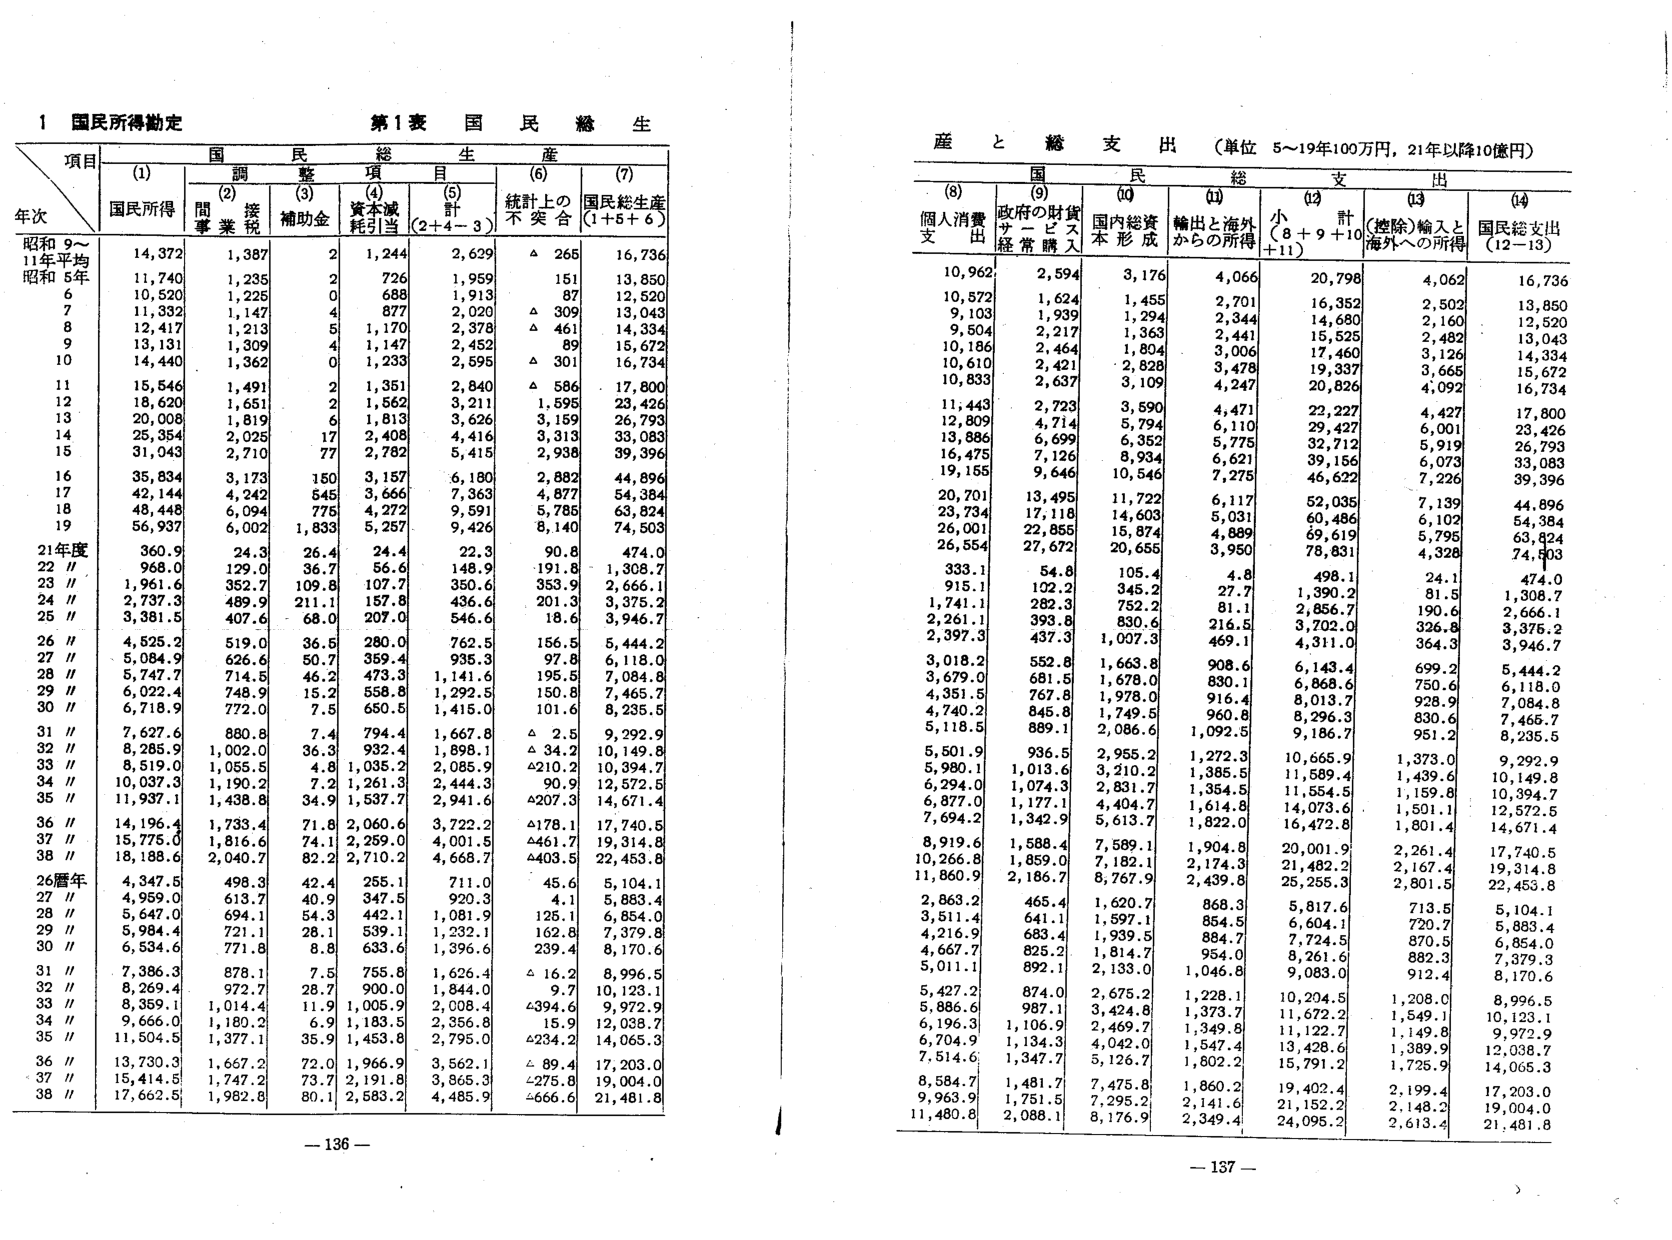
1 国民所得動定

第1表 国民総生産

項目
年次
(1) 国民所得
(2) 間接税
(3) 補助金
(4) 資本減耗引当
(5) 計 (2+4-3)
(6) 統計上の不突合
(7) 国民総生産 (1+5+6)

昭和9～11年平均 14,372 1,387 2 1,244 2,629 △ 265 16,736
昭和5年 11,740 1,235 2 726 1,959 151 13,850
6 10,520 1,225 0 688 1,913 87 12,520
7 11,332 1,147 4 877 2,020 △ 309 13,043
8 12,417 1,213 5 1,170 2,378 △ 461 14,334
9 13,131 1,309 4 1,147 2,452 89 15,672
10 14,440 1,362 0 1,233 2,595 △ 301 16,734
11 15,546 1,491 2 1,351 2,840 △ 586 17,800
12 18,620 1,651 2 1,562 3,211 1,595 23,426
13 20,008 1,819 6 1,813 3,626 3,159 26,793
14 25,354 2,025 17 2,408 4,416 3,313 33,083
15 31,043 2,710 77 2,782 5,415 2,938 39,396
16 35,834 3,173 150 3,157 6,180 2,882 44,896
17 42,144 4,242 545 3,666 7,363 4,877 54,384
18 48,448 6,094 775 4,272 9,591 5,785 63,824
19 56,937 6,002 1,833 5,257 9,426 8,140 74,503

21年度 360.9 24.3 26.4 24.4 22.3 90.8 474.0
22 // 968.0 129.0 36.7 56.6 148.9 191.8 1,308.7
23 // 1,961.6 352.7 109.8 107.7 350.6 353.9 2,666.1
24 // 2,737.3 489.9 211.1 157.8 436.6 201.3 3,375.2
25 // 3,381.5 407.6 68.0 207.0 546.6 18.6 3,946.7
26 // 4,525.2 519.0 36.5 280.0 762.5 156.5 5,444.2
27 // 5,084.9 626.6 50.7 359.4 935.3 97.8 6,118.0
28 // 5,747.7 714.5 46.2 473.3 1,141.6 195.5 7,084.8
29 // 6,022.4 748.9 15.2 558.8 1,292.5 150.8 7,465.7
30 // 6,718.9 772.0 7.5 650.5 1,415.0 101.6 8,235.5
31 // 7,627.6 880.8 7.4 794.4 1,667.8 △ 2.5 9,292.9
32 // 8,285.9 1,002.0 36.3 932.4 1,898.1 △ 34.2 10,149.8
33 // 8,519.0 1,055.5 4.8 1,035.2 2,085.9 4210.2 10,394.7
34 // 10,037.3 1,190.2 7.2 1,261.3 2,444.3 90.9 12,572.5
35 // 11,937.1 1,438.8 34.9 1,537.7 2,941.6 4207.3 14,671.4
36 // 14,196.4 1,733.4 71.8 2,060.6 3,722.2 4178.1 17,740.5
37 // 15,775.0 1,816.6 74.1 2,259.0 4,001.5 4461.7 19,314.8
38 // 18,188.6 2,040.7 82.2 2,710.2 4,668.7 4403.5 22,453.8

26暦年 4,347.5 498.3 42.4 255.1 711.0 45.6 5,104.1
27 // 4,959.0 613.7 40.9 347.5 920.3 4.1 5,883.4
28 // 5,647.0 694.1 54.3 442.1 1,081.9 125.1 6,854.0
29 // 5,984.4 721.1 28.1 539.1 1,232.1 162.8 7,379.8
30 // 6,534.6 771.8 8.8 633.6 1,396.6 239.4 8,170.6
31 // 7,386.3 878.1 7.5 755.8 1,626.4 △ 16.2 8,996.5
32 // 8,269.4 972.7 28.7 900.0 1,844.0 9.7 10,123.1
33 // 8,359.1 1,014.4 11.9 1,005.9 2,008.4 4394.6 9,972.9
34 // 9,666.0 1,180.2 6.9 1,183.5 2,356.8 15.9 12,038.7
35 // 11,504.5 1,377.1 35.9 1,453.8 2,795.0 4234.2 14,065.3
36 // 13,730.3 1,667.2 72.0 1,966.9 3,562.1 △ 89.4 17,203.0
37 // 15,414.5 1,747.2 73.7 2,191.8 3,865.3 4275.8 19,004.0
38 // 17,662.5 1,982.8 80.1 2,583.2 4,485.9 4666.6 21,481.8

- 136 -

産と総支出 （単位 5～19年100万円，21年以降10億円）

(8) 個人消費支出
(9) 政府の財貨サービス経常購入
(10) 国内総資本形成
(11) 輸出と海外からの所得
(12) 小計 (8+9+10+11)
(13) （控除）輸入と海外への所得
(14) 国民総支出 (12-13)

10,962 2,594 3,176 4,066 20,798 4,062 16,736
10,572 1,624 1,455 2,701 16,352 2,502 13,850
9,103 1,939 1,294 2,344 14,680 2,160 12,520
9,504 2,217 1,363 2,441 15,525 2,482 13,043
10,186 2,464 1,804 3,006 17,460 3,126 14,334
10,610 2,421 2,828 3,478 19,337 3,665 15,672
10,833 2,637 3,109 4,247 20,826 4,092 16,734
11,443 2,723 3,590 4,471 22,227 4,427 17,800
12,809 4,714 5,794 6,110 29,427 6,001 23,426
13,886 6,699 6,352 5,775 32,712 5,919 26,793
16,475 7,126 8,934 6,621 39,156 6,073 33,083
19,155 9,646 10,546 7,275 46,622 7,226 39,396
20,701 13,495 11,722 6,117 52,035 7,139 44,896
23,734 17,118 14,603 5,031 60,486 6,102 54,384
26,001 22,855 15,874 4,889 69,619 5,795 63,824
26,554 27,672 20,655 3,950 78,831 4,328 74,503

333.1 54.8 105.4 4.8 498.1 24.1 474.0
915.1 102.2 345.2 27.7 1,390.2 81.5 1,308.7
1,741.1 282.3 752.2 81.1 2,856.7 190.6 2,666.1
2,261.1 393.8 830.6 216.5 3,702.0 326.8 3,375.2
2,397.3 437.3 1,007.3 469.1 4,311.0 364.3 3,946.7
3,018.2 552.8 1,663.8 908.6 6,143.4 699.2 5,444.2
3,679.0 681.5 1,678.0 830.1 6,868.6 750.6 6,118.0
4,351.5 767.8 1,978.0 916.4 8,013.7 928.9 7,084.8
4,740.2 845.8 1,749.5 960.8 8,296.3 830.6 7,465.7
5,118.5 889.1 2,086.6 1,092.5 9,186.7 951.2 8,235.5
5,501.9 936.5 2,955.2 1,272.3 10,665.9 1,373.0 9,292.9
5,980.1 1,013.6 3,210.2 1,385.5 11,589.4 1,439.6 10,149.8
6,294.0 1,074.3 2,831.7 1,354.5 11,554.5 1,159.8 10,394.7
6,877.0 1,177.1 4,404.7 1,614.8 14,073.6 1,501.1 12,572.5
7,694.2 1,342.9 5,613.7 1,822.0 16,472.8 1,801.4 14,671.4
8,919.6 1,588.4 7,589.1 1,904.8 20,001.9 2,261.4 17,740.5
10,266.8 1,859.0 7,182.1 2,174.3 21,482.2 2,167.4 19,314.8
11,860.9 2,186.7 8,767.9 2,439.8 25,255.3 2,801.5 22,453.8

2,863.2 465.4 1,620.7 868.3 5,817.6 713.5 5,104.1
3,511.4 641.1 1,597.1 854.5 6,604.1 720.7 5,883.4
4,216.9 683.4 1,939.5 884.7 7,724.5 870.5 6,854.0
4,667.7 825.2 1,814.7 954.0 8,261.6 882.3 7,379.3
5,011.1 892.1 2,133.0 1,046.8 9,083.0 912.4 8,170.6
5,427.2 874.0 2,675.2 1,228.1 10,204.5 1,208.0 8,996.5
5,886.6 987.1 3,424.8 1,373.7 11,672.2 1,549.1 10,123.1
6,196.3 1,106.9 2,469.7 1,349.8 11,122.7 1,149.8 9,972.9
6,704.9 1,134.3 4,042.0 1,547.4 13,428.6 1,389.9 12,038.7
7,514.6 1,347.7 5,126.7 1,802.2 15,791.2 1,725.9 14,065.3
8,584.7 1,481.7 7,475.8 1,860.2 19,402.4 2,199.4 17,203.0
9,963.9 1,751.5 7,295.2 2,141.6 21,152.2 2,148.2 19,004.0
11,480.8 2,086.1 8,176.9 2,349.4 24,095.2 2,613.4 21,481.8

- 137 -